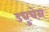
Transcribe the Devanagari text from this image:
ड्युचेन